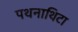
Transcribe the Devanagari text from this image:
पथनाथिटा